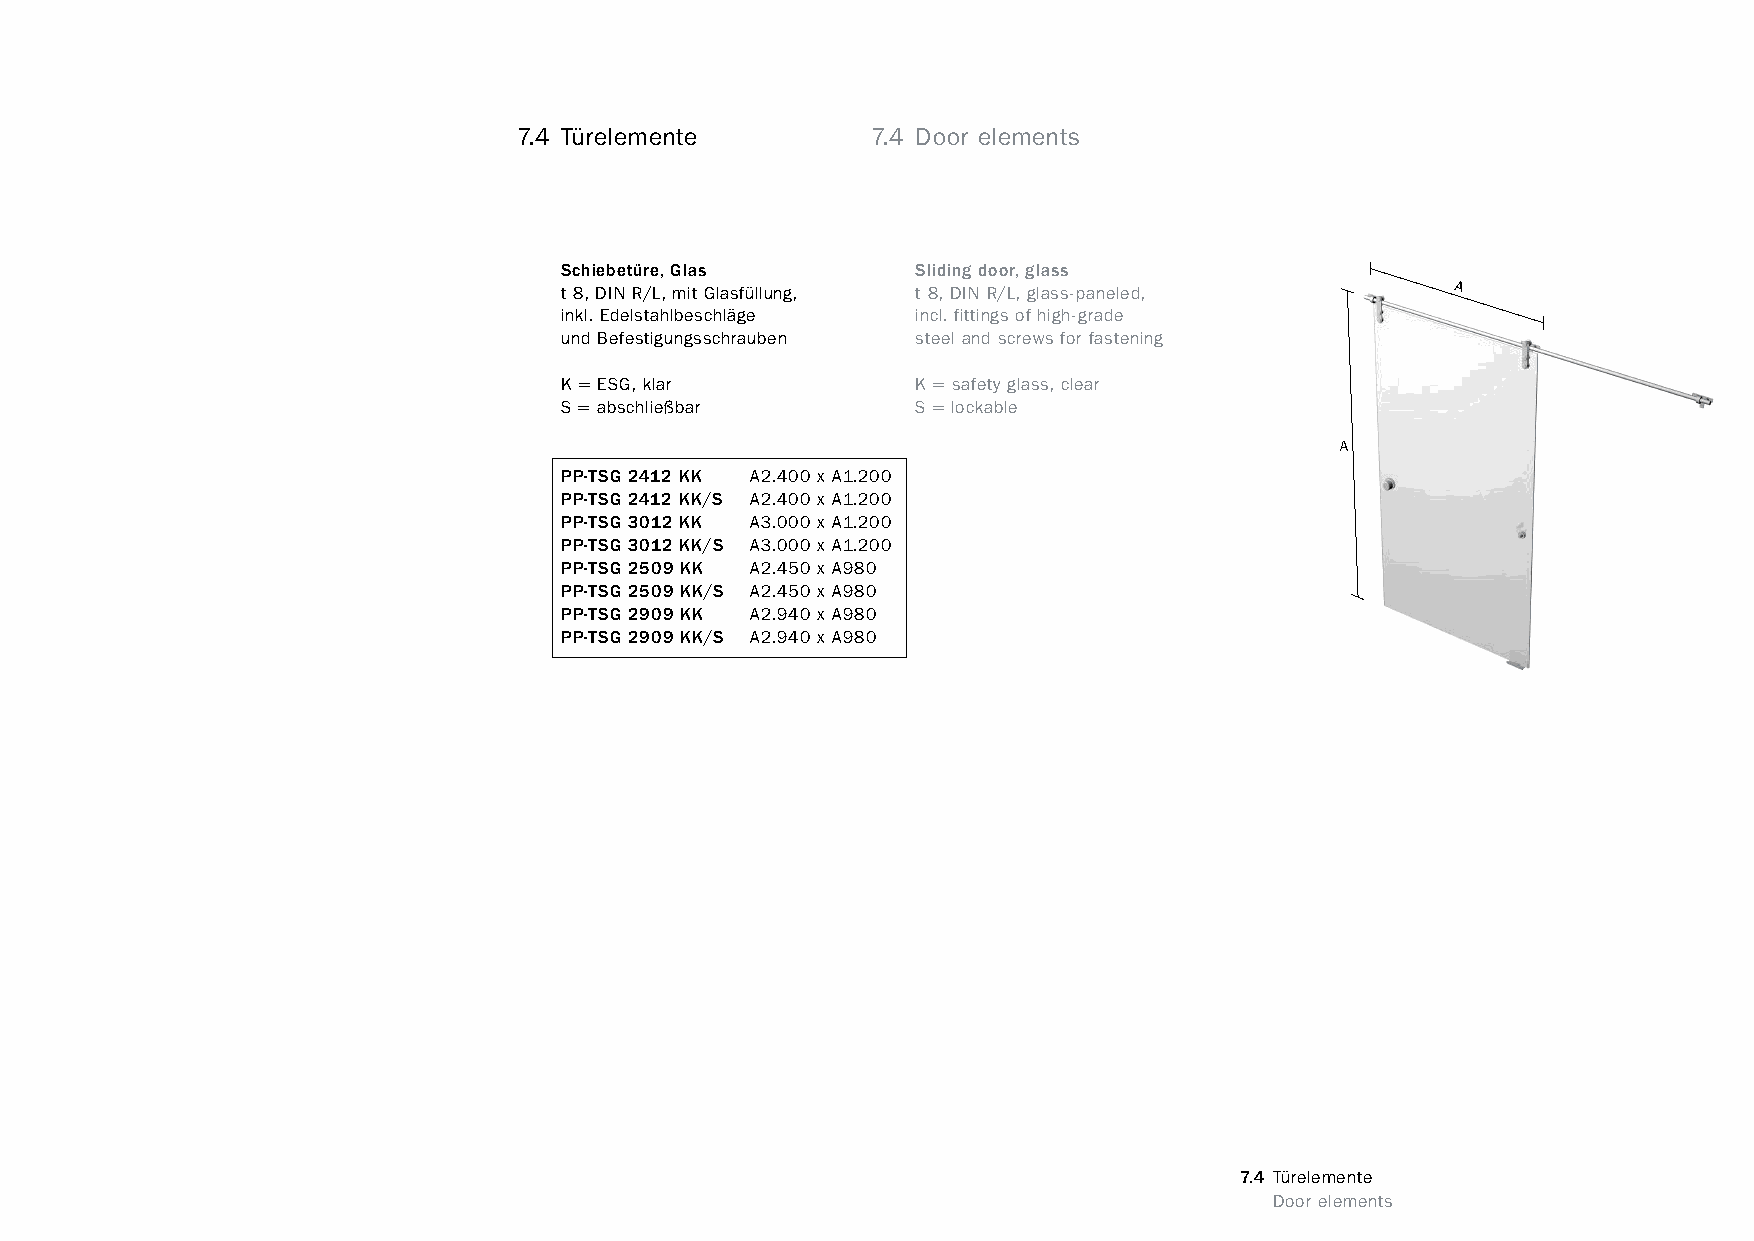
constructivpila petite        7.4 Türelemente         7.4 Door elements
 Schiebetüre, Glas       Sliding door, glass
 t 8, DIN R/L, mit Glasfüllung, t 8, DIN R/L, glass-paneled, A
 inkl. Edelstahlbeschläge incl. fittings of high-grade
 und Befestigungsschrauben steel and screws for fastening
 K = ESG, klar           K = safety glass, clear
 S = abschließbar        S = lockable
 A
 PP-TSG 2412 KK A2.400 x A1.200
 PP-TSG 2412 KK/S A2.400 x A1.200
 PP-TSG 3012 KK A3.000 x A1.200
 PP-TSG 3012 KK/S A3.000 x A1.200
 PP-TSG 2509 KK A2.450 x A980
 PP-TSG 2509 KK/S A2.450 x A980
 PP-TSG 2909 KK A2.940 x A980
 PP-TSG 2909 KK/S A2.940 x A980
 7.4 Türelemente
 www.burkhardtleitner.de                                                         Door elements